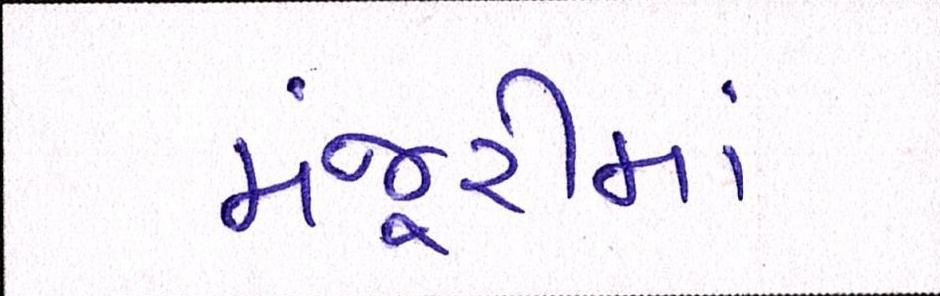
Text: મંજૂરીમાં